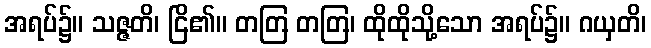
အရပ်၌။ သဇ္ဇတိ၊ ငြိ၏။ တတြ တတြ၊ ထိုထိုသို့သော အရပ်၌။ ဂယှတိ၊